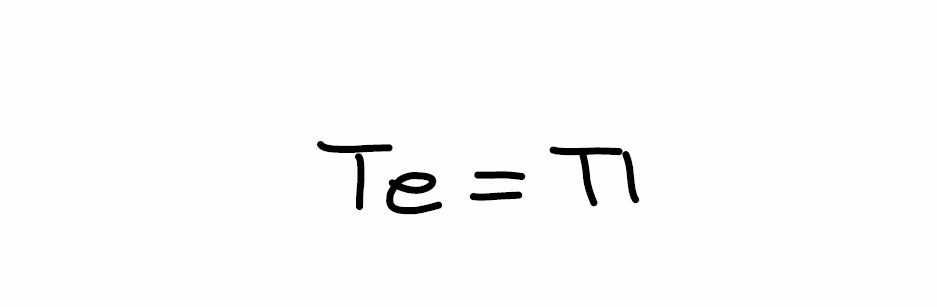
Simplified molecular-input line-entry system (SMILES) notation of the given molecule:
[Te]=[Tl]